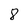
Character: 8